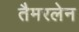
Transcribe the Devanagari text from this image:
तैमरलेन